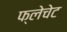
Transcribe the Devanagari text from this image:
फ्लेचेट